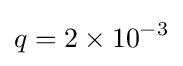
q=2\times 10^{-3}